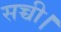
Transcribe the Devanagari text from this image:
सच्ची।